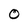
Character: O